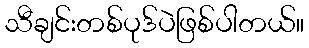
သီချင်းတစ်ပုဒ်ပဲဖြစ်ပါတယ်။